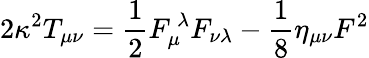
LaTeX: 2\kappa^{2}T_{\mu\nu}=\frac{1}{2}F_{\mu}^{\ \lambda}F_{\nu\lambda}-\frac{1}{8}\eta_{\mu\nu}F^{2}